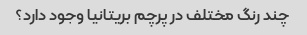
چند رنگ مختلف در پرچم بریتانیا وجود دارد؟